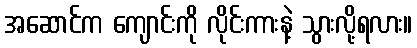
အဆောင်က ကျောင်းကို လိုင်းကားနဲ့ သွားလို့ရလား။